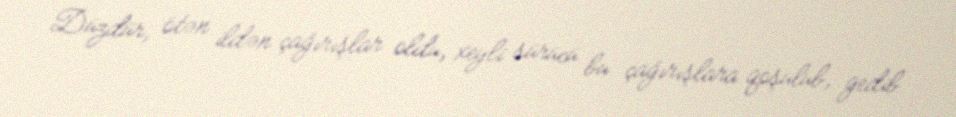
Düzdür, ötən ildən çağırışlar oldu, xeyli sürücü bu çağırışlara qoşulub, gedib